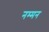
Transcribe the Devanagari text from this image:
नम्मन